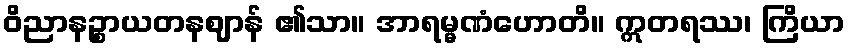
ဝိညာနဉ္စာယတနဈာန် ၏သာ။ အာရမ္မဏံဟောတိ။ ဣတရဿ၊ ကြိယာ